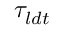
\tau _ { l d t }